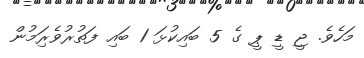
މަހެވެ. ޖީ ޑީ ޕީ ގެ 5 ބައިކުޅަ 1 ބައި ފަތުރުވެރިަމުން